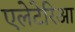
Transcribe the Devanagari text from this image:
एलेटेरिआ